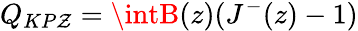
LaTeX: Q_{KP\mathcal{Z}}=\intB(z)(J^{-}(z)-1)